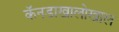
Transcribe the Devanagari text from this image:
कॅनडाखालोखाल